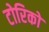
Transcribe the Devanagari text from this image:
टोरिको